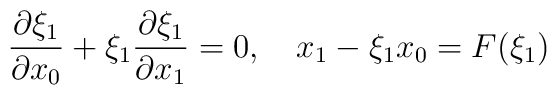
\frac {\partial \xi_1}{\partial x_0}+\xi_1 \frac {\partial \xi_1}{\partial x_1}=0,\quad x_1-\xi_1 x_0=F(\xi_1)